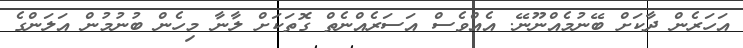
އަހަރެން ދާކަށް ބޭނުމެއްނޫނޭ. އެއްވެސް އަސަރެއްނެތް ގޮތަކަށް ލާނާ މިހެން ބުނުމުން އަލަންގެ